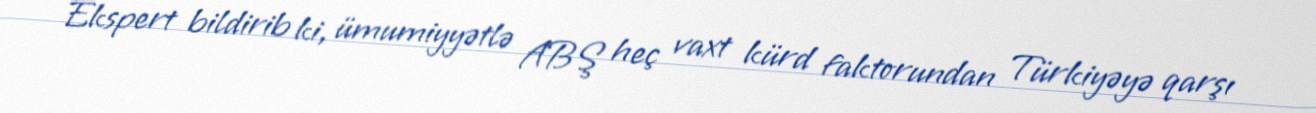
Ekspert bildirib ki, ümumiyyətlə ABŞ heç vaxt kürd faktorundan Türkiyəyə qarşı